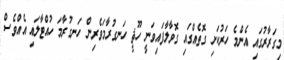
މިގަރާރުގައި އެންމެ ހަރުކަށި ގޮތެއްގައި ގޮވާލާފައިވަނީ ހޫޘީ ހަނގުރާމަވެރިން ހަނގުރާމަ ހުއްޓާލައި އެއްވެސް